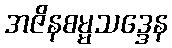
အဇိနစမ္မသဒ္ဒေန